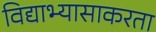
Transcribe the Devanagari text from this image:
विद्याभ्यासाकरता